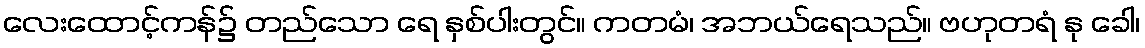
လေးထောင့်ကန်၌ တည်သော ရေ နှစ်ပါးတွင်။ ကတမံ၊ အဘယ်ရေသည်။ ဗဟုတရံ နု ခေါ၊